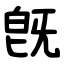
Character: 旣